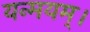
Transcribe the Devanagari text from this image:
यन्मयम्।